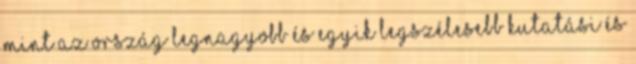
mint az ország legnagyobb és egyik legszélesebb kutatási és